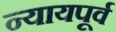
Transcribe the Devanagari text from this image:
न्यायपूर्व